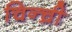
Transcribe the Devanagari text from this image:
चिन्च्री